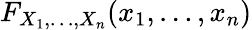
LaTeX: F_{X_{1},\ldots,X_{n}}(x_{1},\ldots,x_{n})